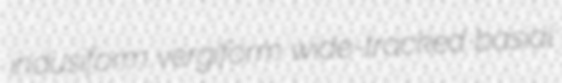
indusiform vergiform wide-tracked basial